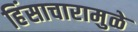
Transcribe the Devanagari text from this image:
हिंसाचारामुळे